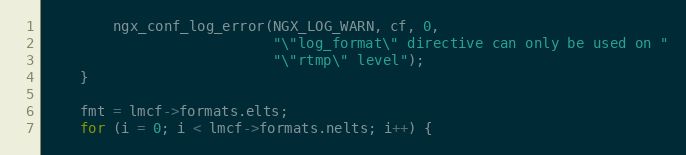
Language: C
        ngx_conf_log_error(NGX_LOG_WARN, cf, 0,
                           "\"log_format\" directive can only be used on "
                           "\"rtmp\" level");
    }

    fmt = lmcf->formats.elts;
    for (i = 0; i < lmcf->formats.nelts; i++) {